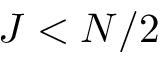
J < N / 2